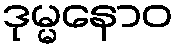
ဒုမ္မနောဝ